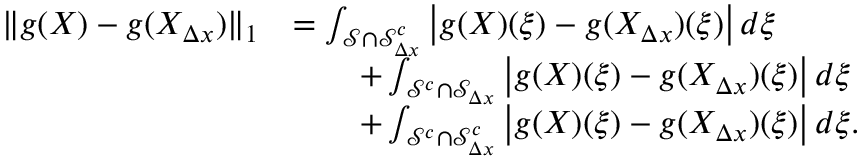
\begin{array} { r l } { \| g ( X ) - g ( X _ { \Delta x } ) \| _ { 1 } } & { = \int _ { \mathcal { S } \cap \mathcal { S } _ { \Delta x } ^ { c } } \left| g ( X ) ( \xi ) - g ( X _ { \Delta x } ) ( \xi ) \right| d \xi } \\ & { \qquad + \int _ { \mathcal { S } ^ { c } \cap \mathcal { S } _ { \Delta x } } \left| g ( X ) ( \xi ) - g ( X _ { \Delta x } ) ( \xi ) \right| d \xi } \\ & { \qquad + \int _ { \mathcal { S } ^ { c } \cap \mathcal { S } _ { \Delta x } ^ { c } } \left| g ( X ) ( \xi ) - g ( X _ { \Delta x } ) ( \xi ) \right| d \xi . } \end{array}